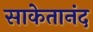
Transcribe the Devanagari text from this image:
साकेतानंद